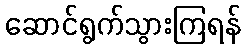
ဆောင်ရွက်သွားကြရန်